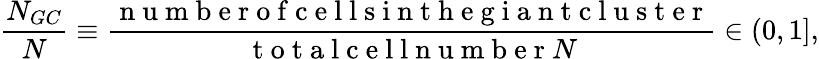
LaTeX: \frac{N_{GC}}{N}\equiv\frac{\mathrm{~n~u~m~b~e~r~o~f~c~e~l~l~s~i~n~t~h~e~g~i~a~n~t~c~l~u~s~t~e~r~}}{\mathrm{~t~o~t~a~l~c~e~l~l~n~u~m~b~e~r~}N}\in(0,1],